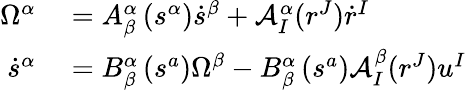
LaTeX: \begin{array}{rl}{\Omega^{\alpha}}&{{}=A_{\beta}^{\alpha}\left(s^{\alpha}\right)\dot{s}^{\beta}+\mathcal{A}_{I}^{\alpha}(r^{J})\dot{r}^{I}}\\ {\dot{s}^{\alpha}}&{{}=B_{\beta}^{\alpha}\left(s^{a}\right)\Omega^{\beta}-B_{\beta}^{\alpha}\left(s^{a}\right)\mathcal{A}_{I}^{\beta}(r^{J})u^{I}}\end{array}